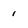
Character: 1